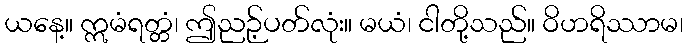
ယနေ့။ ဣမံရတ္တံ၊ ဤညဉ့်ပတ်လုံး။ မယံ၊ ငါတို့သည်။ ဝိဟရိဿာမ၊